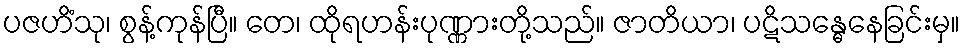
ပဇဟိံသု၊ စွန့်ကုန်ပြီ။ တေ၊ ထိုရဟန်းပုဏ္ဏားတို့သည်။ ဇာတိယာ၊ ပဋိသန္ဓေနေခြင်းမှ။